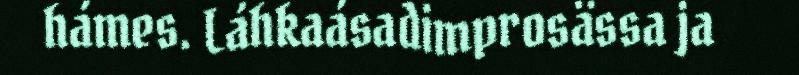
hámes. Láhkaásadimprosässa ja